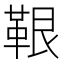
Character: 鞎